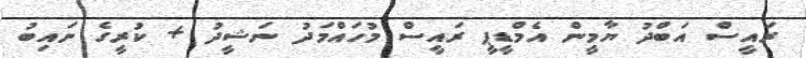
ރައީސް އަބްދު ޔާމީން އެމްޑީޕީ ރައީސް މުހައްމަދު ނަޝީދު + ކުރީގެ ނައިބު